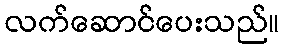
လက်ဆောင်ပေးသည်။